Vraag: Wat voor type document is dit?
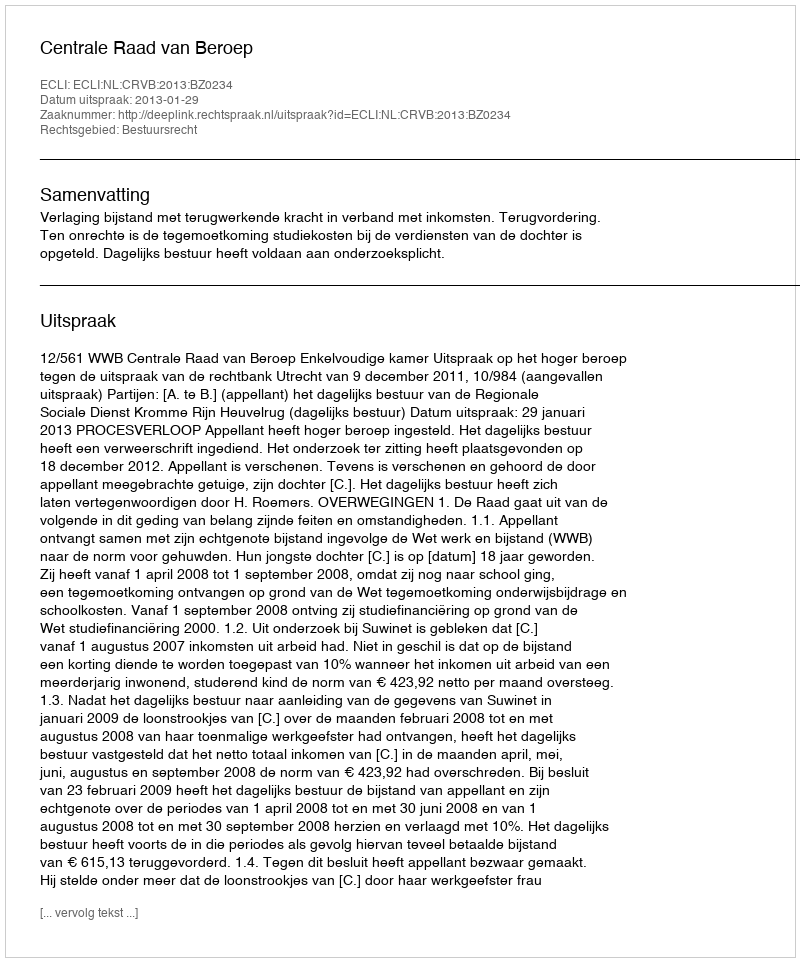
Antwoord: Uitspraak